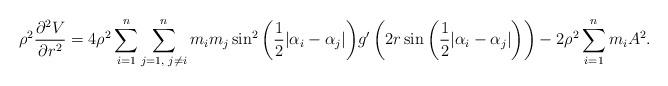
LaTeX: \begin{align*} \rho^{2}\frac{\partial^{2}V}{\partial r^{2}}&=4\rho^{2}\sum\limits_{i=1}^{n}\sum\limits_{j=1,\textrm{ }j\neq i}^{n}m_{i}m_{j} \sin^{2}{\left(\frac{1}{2}|\alpha_{i}-\alpha_{j}|\right)} g'\left(2r\sin{\left(\frac{1}{2}|\alpha_{i}-\alpha_{j}|\right)}\right)-2\rho^{2}\sum\limits_{i=1}^{n}m_{i}A^{2}. \end{align*}